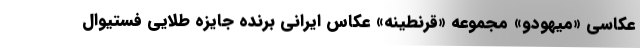
عکاسی «میهودو» مجموعه «قرنطینه» عکاس ایرانی برنده جایزه طلایی فستیوال